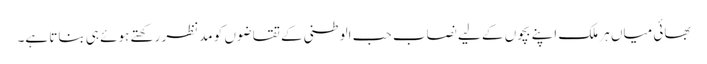
بھائی میاں ہر ملک اپنے بچوں کے لیے نصاب حب الوطنی کے تقاضوں کو مدنظر رکھتے ہوئے ہی بناتا ہے۔